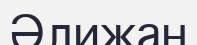
Әлижан